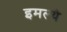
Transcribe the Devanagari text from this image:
इमल्यै